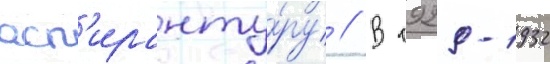
асп'иранту́ру // В 1929-1932